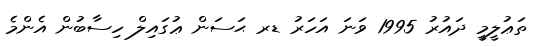
ތަޢުލީމީ ދައުރު 1995 ވަނަ އަހަރު ޑރ ޙަސަން ޢުގައިލް ހިސާބުން އެންމެ